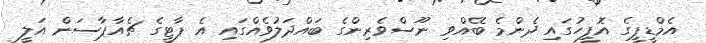
އެމްޑީޕީގެ އޮފީހުގައި ދެންމެ ބޭއްވި ނޫސްވެރިންގެ ބައްދަލުވެއްގައި އެ ޕާޓީގެ ޗެއާޕާސަން އަލީ